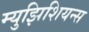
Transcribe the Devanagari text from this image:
म्युझिशियन्स